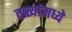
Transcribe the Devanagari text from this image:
तळ्यांमध्ये